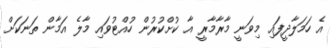
އެ ހަމަލާދީފައި މިވަނީ މާރާމާރީ އާ ކުށްކުރުން ހުއްޓުވައި މާލެ އަމާން ތަނަކަށް